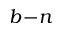
b \! - \! n